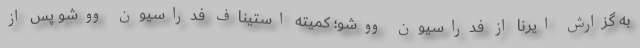
به گزارش ایرنا از فدراسیون ووشو؛ کمیته استیناف فدراسیون ووشو پس از